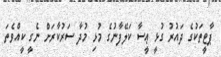
ޕާޓީތަކުގެ ދައުރު ގުޅީ ޢީސާ ކަލޭފާނުގެ މުޅި މުދާ ސަރުކާރަށް ނެގީ ކީއްވެތަ